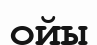
ойы